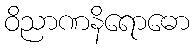
ဝိညာဏနိရောဓော